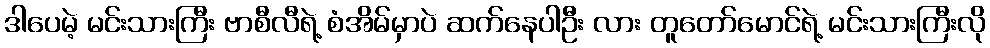
ဒါပေမဲ့ မင်းသားကြီး ဗာစီလီရဲ့ စံအိမ်မှာပဲ ဆက်နေပါဦး လား တူတော်မောင်ရဲ့ မင်းသားကြီးလို